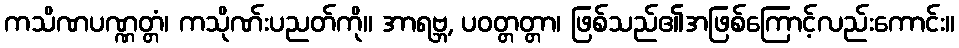
ကသိဏပဏ္ဏတ္တံ၊ ကသိုဏ်းပညတ်ကို။ အာရဗ္ဘ, ပဝတ္တတ္တာ၊ ဖြစ်သည်၏အဖြစ်ကြောင့်လည်းကောင်း။